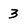
Character: 3